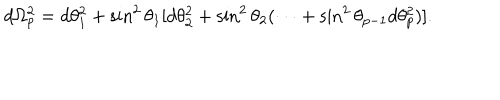
d \Omega _ { p } ^ { 2 } = d \theta _ { 1 } ^ { 2 } + \sin ^ { 2 } \theta _ { 1 } [ d \theta _ { 2 } ^ { 2 } + \sin ^ { 2 } \theta _ { 2 } ( \cdots + \sin ^ { 2 } \theta _ { p - 1 } d \theta _ { p } ^ { 2 } ) ] .